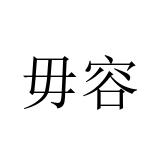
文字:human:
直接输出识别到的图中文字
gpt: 毋容